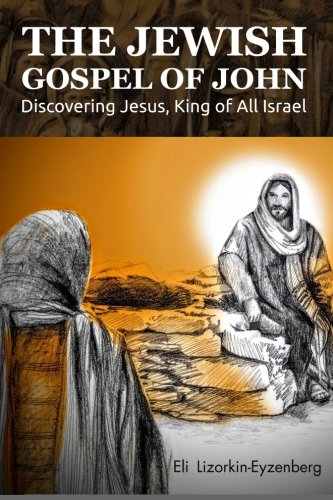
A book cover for The Jewish Gospel of John: Discovering Jesus, King of All Israel; Eli Lizorkin-Eyzenberg; Christian Books & Bibles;